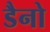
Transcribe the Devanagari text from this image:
डैनो